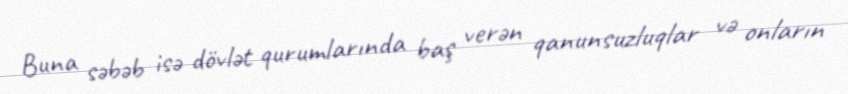
Buna səbəb isə dövlət qurumlarında baş verən qanunsuzluqlar və onların